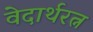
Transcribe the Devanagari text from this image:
वेदार्थरत्न